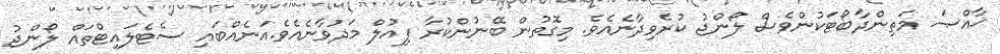
ޚާއްޞަ މަތިންދާބޯޓަކުންވެސް ލޯންޖު ކުރެވިދާނެއެވެ. މިގޮތުން ބޭނުންކުރާ ފިއުލް މަދުވާނެއެވެ.އަނެއްބައި ސެޓެލައިޓްތައް ލޯންޖު